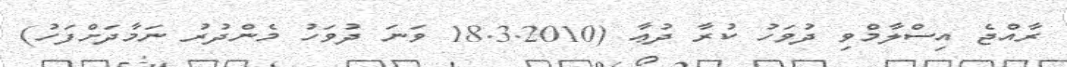
ރާއްޖެ އިސްލާމްވި ދުވަހު ކުރާ ދުޢާ (18.3.2010 ވަނަ ދުވަހު މެންދުރު ނަމާދަށްފަހު)